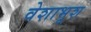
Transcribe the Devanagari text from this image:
वेशाभूश